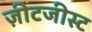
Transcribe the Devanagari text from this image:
ज़ीटजीस्ट